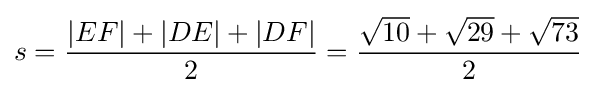
s={\frac {|EF|+|DE|+|DF|}{2}}={\frac {{\sqrt {10}}+{\sqrt {29}}+{\sqrt {73}}}{2}}